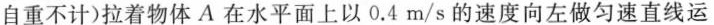
自重不计)拉着物体A在水平面上以0.4m/s的速度向左做匀速直线运